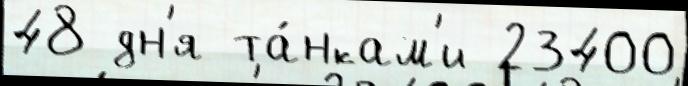
48 дн'я та́нкам'и 23400